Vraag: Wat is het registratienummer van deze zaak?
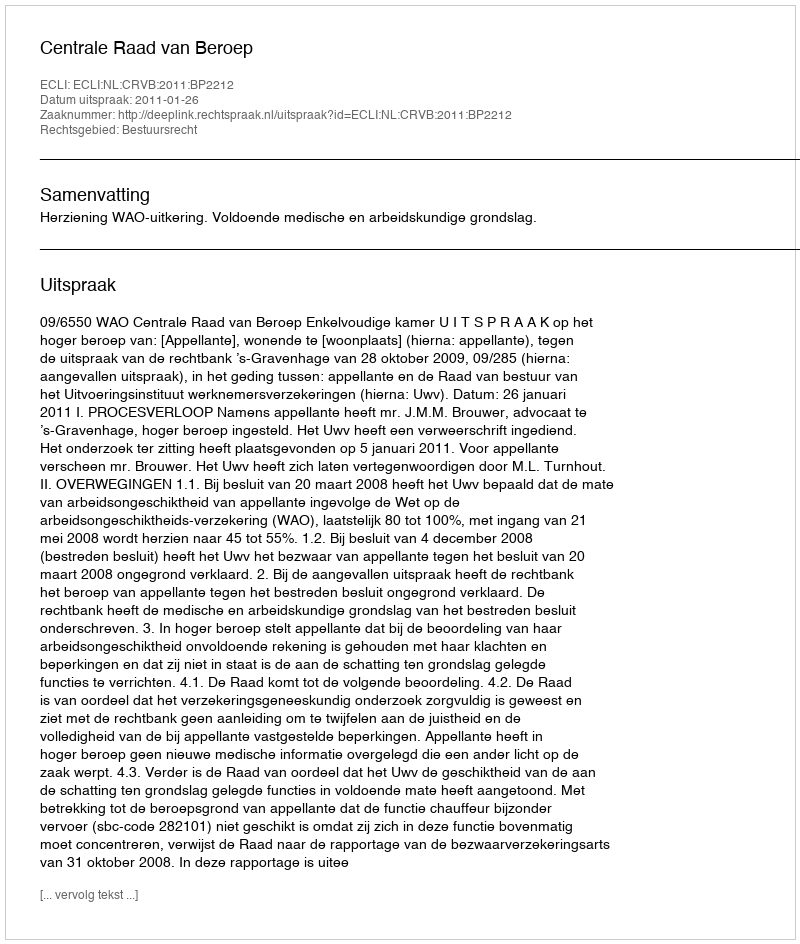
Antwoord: http://deeplink.rechtspraak.nl/uitspraak?id=ECLI:NL:CRVB:2011:BP2212